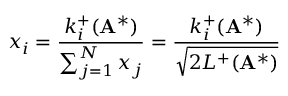
x _ { i } = \frac { k _ { i } ^ { + } ( \mathbf { A } ^ { * } ) } { \sum _ { j = 1 } ^ { N } x _ { j } } = \frac { k _ { i } ^ { + } ( \mathbf { A } ^ { * } ) } { \sqrt { 2 L ^ { + } ( \mathbf { A } ^ { * } ) } }